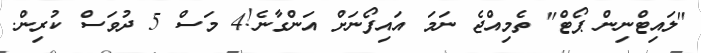
"ލައިޓްނިން ޕޯޓް" ތެމިއްޖެ ނަމަ އައިފޯނަށް އަންގާނެ!4 މަސް 5 ދުވަސް ކުރިން.